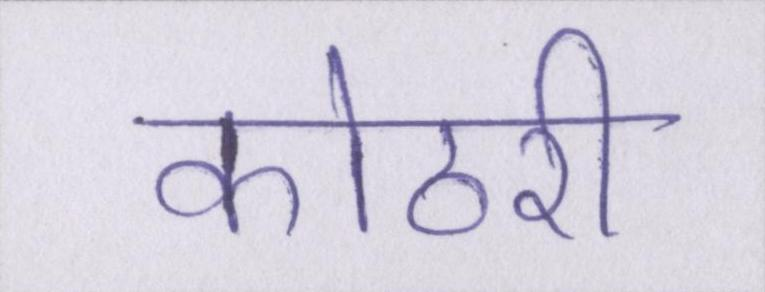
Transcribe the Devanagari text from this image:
कोठरी